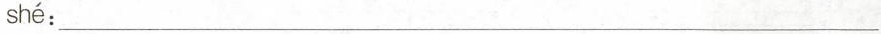
shé:___